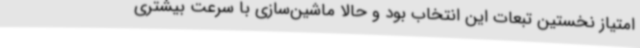
امتیاز نخستین تبعات این انتخاب بود و حالا ماشین‌سازی با سرعت بیشتری